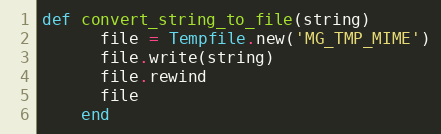
Language: Ruby
def convert_string_to_file(string)
      file = Tempfile.new('MG_TMP_MIME')
      file.write(string)
      file.rewind
      file
    end